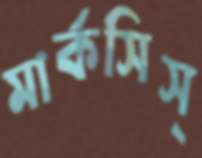
মার্কসিস্